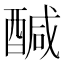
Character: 醎